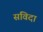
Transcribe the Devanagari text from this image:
संविदा